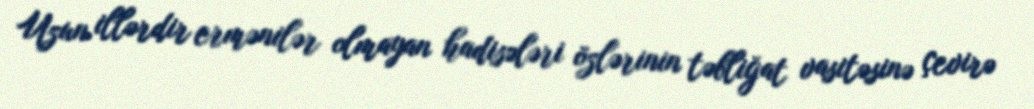
Uzun illərdir ermənilər olmayan hadisələri özlərinin təbliğat vasitəsinə çevirə